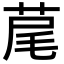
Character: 荱